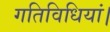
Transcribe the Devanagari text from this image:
गतिविधियां।